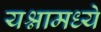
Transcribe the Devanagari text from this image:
यश्नामध्ये